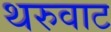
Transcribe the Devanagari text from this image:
थरुवाट